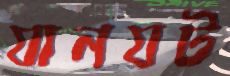
যানযট